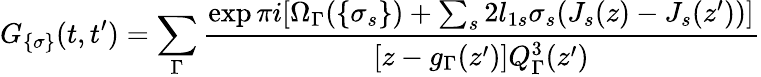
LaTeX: G_{\{ \sigma\} }(t,t^{\prime})=\sum_{\Gamma}\frac{\exp\pi i[\Omega_{\Gamma}(\{ \sigma_{s}\} )+\sum_{s}2l_{1s}\sigma_{s}(J_{s}(z)-J_{s}(z^{\prime}))]}{[z-g_{\Gamma}(z^{\prime})]Q_{\Gamma}^{3}(z^{\prime})}